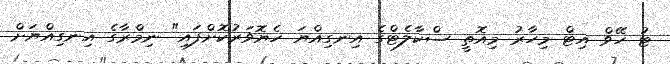
ޓު ހޭވް އިޓް މިހާރު މިއޮތީ ސްކާލެޓްގެ އިނގިއްޔަ ހެޔޮވަރުކޮށްފައި" ނިމްރާގެ އިނގިއްޔަށް